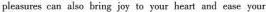
pleasures can also bring joy to your heat and ease your